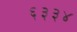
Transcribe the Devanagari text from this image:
६३३४